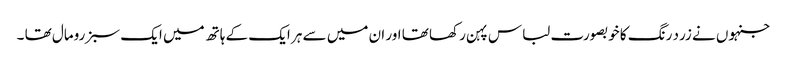
جنہوں نے زرد رنگ کا خوبصورت لباس پہن رکھا تھا اور ان میں سے ہر ایک کے ہاتھ میں ایک سبز رومال تھا ۔